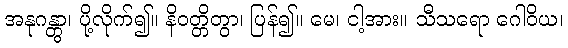
အနုဂန္တွာ၊ ပို့လိုက်၍။ နိဝတ္တိတွာ၊ ပြန်၍။ မေ၊ ငါ့အား။ သီသရော ဂေါဝိယ၊